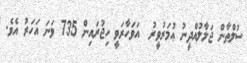
ސުލްޠާން ޖަލާލުއްދީނު ޢުމަރުވީރު  އަވަހާރަވީ ހިޖުރައިން 735 ވަނަ އަހަރު އެވެ.